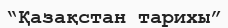
“Қазақстан тарихы”